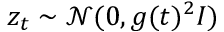
z _ { t } \sim \mathcal { N } ( 0 , g ( t ) ^ { 2 } I )